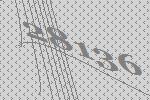
28136